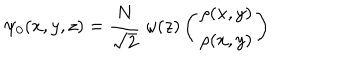
LaTeX: \psi _ { 0 } ( x , y , z ) = \frac { N } { \sqrt { 2 } } \; \omega ( z ) \left( \begin{array} { c c } { { \rho ( x , y ) } } \\ { { \rho ( x , y ) } } \\ \end{array} \right)